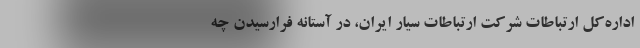
اداره‌کل ارتباطات شرکت ارتباطات سیار ایران، در آستانه فرارسیدن چه